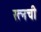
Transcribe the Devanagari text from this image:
रत्‍नची